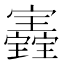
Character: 𡬀